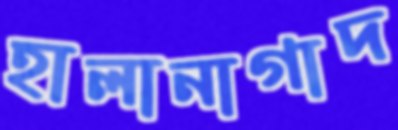
হালানাগাদ